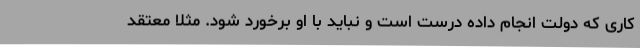
کاری که دولت انجام داده درست است و نباید با او برخورد شود. مثلاً معتقد